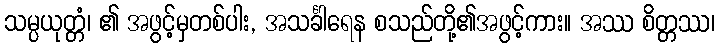
သမ္ပယုတ္တံ၊ ၏ အဖွင့်မှတစ်ပါး, အသင်္ခါရေန စသည်တို့၏အဖွင့်ကား။ အဿ စိတ္တဿ၊